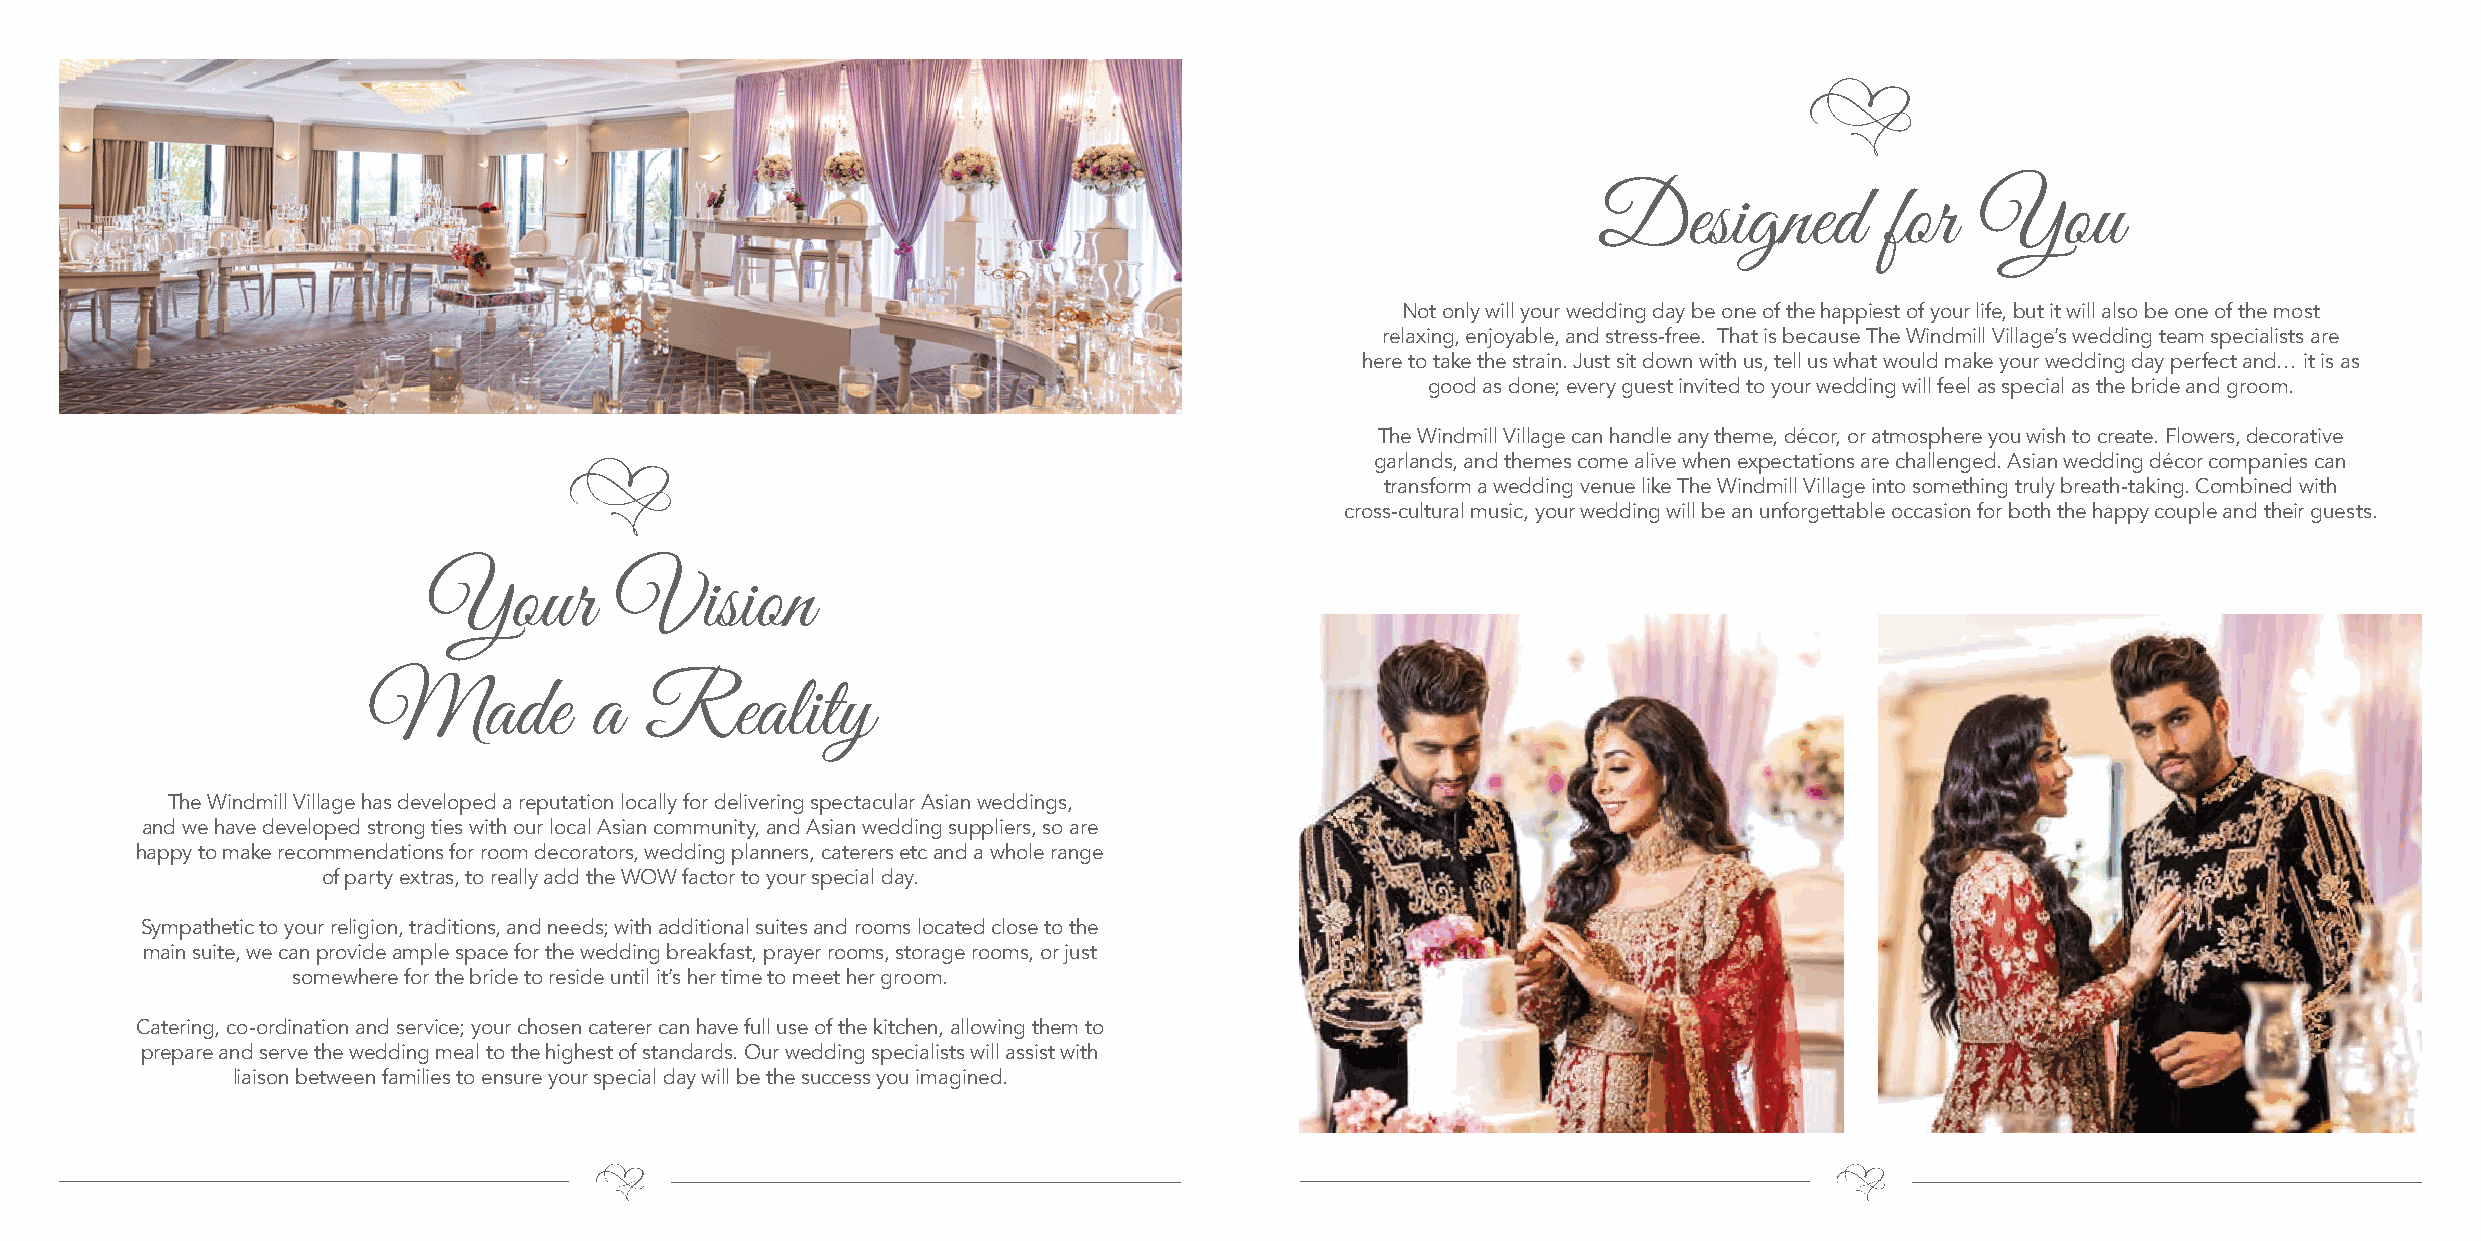
Designed           for   You
 Not only will your wedding day be one of the happiest of your life, but it will also be one of the most
 relaxing, enjoyable, and stress-free. That is because The Windmill Village’s wedding team specialists are
 here to take the strain. Just sit down with us, tell us what would make your wedding day perfect and… it is as
 good as done; every guest invited to your wedding will feel as special as the bride and groom.
 The Windmill Village can handle any theme, décor, or atmosphere you wish to create. Flowers, decorative
 garlands, and themes come alive when expectations are challenged. Asian wedding décor companies can
 transform a wedding venue like The Windmill Village into something truly breath-taking. Combined with
 cross-cultural music, your wedding will be an unforgettable occasion for both the happy couple and their guests.
 Your         Vision
 Made           a   Reality
 The Windmill Village has developed a reputation locally for delivering spectacular Asian weddings,
 and we have developed strong ties with our local Asian community, and Asian wedding suppliers, so are
 happy to make recommendations for room decorators, wedding planners, caterers etc and a whole range
 of party extras, to really add the WOW factor to your special day.
 Sympathetic to your religion, traditions, and needs; with additional suites and rooms located close to the
 main suite, we can provide ample space for the wedding breakfast, prayer rooms, storage rooms, or just
 somewhere for the bride to reside until it’s her time to meet her groom.
 Catering, co-ordination and service; your chosen caterer can have full use of the kitchen, allowing them to
 prepare and serve the wedding meal to the highest of standards. Our wedding specialists will assist with
 liaison between families to ensure your special day will be the success you imagined.